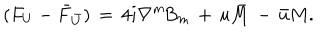
( F _ { U } - \bar { F } _ { \bar { U } } ) \, = \, 4 i \nabla ^ { m } \! B _ { m } \, + \, u \bar { M } \, - \, \bar { u } M .